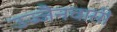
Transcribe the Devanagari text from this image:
उज्जैनवासी